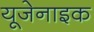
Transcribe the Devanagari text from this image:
यूजेनाइक